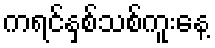
ကရင်နှစ်သစ်ကူးနေ့